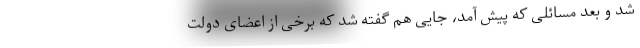
شد و بعد مسائلی که پیش آمد، جایی هم گفته شد که برخی از اعضای دولت